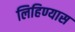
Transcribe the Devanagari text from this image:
लिहिण्‍यास